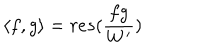
LaTeX: \langle f , g \rangle = r e s ( \frac { f g } { W ^ { \prime } } )